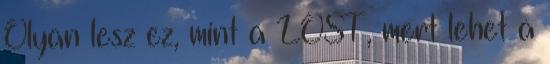
Olyan lesz ez, mint a LOST, mert lehet a